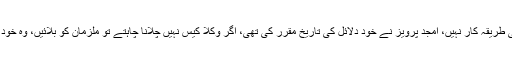
سردار مظفر عباسی نے کہا کہ یہ کوئی طریقہ کار نہیں، امجد پرویز نے خود دلائل کی تاریخ مقرر کی تھی، اگر وکلا کیس نہیں چلانا چاہتے تو ملزمان کو بلائیں، وہ خود اپنا کیس لڑیں، یہ ڈرامے کر رہے ہیں۔